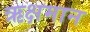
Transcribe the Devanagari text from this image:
ऋक्षमान